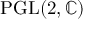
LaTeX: \operatorname { P G L } ( 2 , \mathbb { C } )